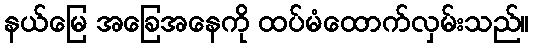
နယ်မြေ အခြေအနေကို ထပ်မံထောက်လှမ်းသည်။